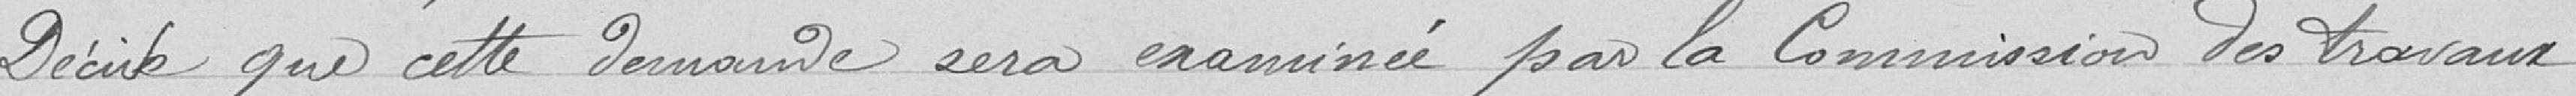
Décide que cette demande sera examinée pour la Commission des travaux